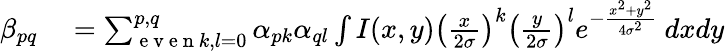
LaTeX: \begin{array}{rl}{\beta_{pq}}&{{}=\sum_{\mathrm{~e~v~e~n~}k,l=0}^{p,q}\alpha_{pk}\alpha_{ql}\int I(x,y)\left(\frac{x}{2\sigma}\right)^{k}\left(\frac{y}{2\sigma}\right)^{l}e^{-\frac{x^{2}+y^{2}}{4\sigma^{2}}}\ dxdy}\end{array}